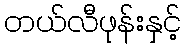
တယ်လီဖုန်းနှင့်